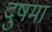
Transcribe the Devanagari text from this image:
दुषमा